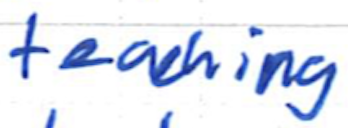
Text: teaching
Cross-out: clean
Writing tool: ballpoint